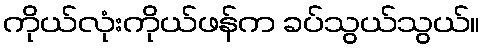
ကိုယ်လုံးကိုယ်ဖန်က ခပ်သွယ်သွယ်။